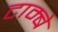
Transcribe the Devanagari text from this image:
टाम्बे